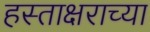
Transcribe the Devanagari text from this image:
हस्ताक्षराच्या